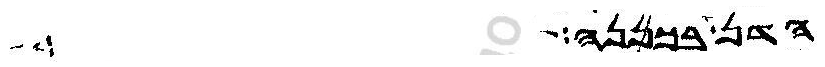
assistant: הדן בכפנה